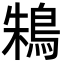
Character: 鴸